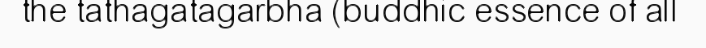
the tathagatagarbha (buddhic essence of all